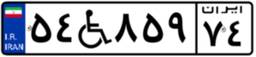
۵۴W۸۵۹۷۴